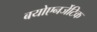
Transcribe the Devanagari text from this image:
बयोएनर्जेटिक